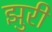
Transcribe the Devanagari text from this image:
झुरी